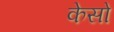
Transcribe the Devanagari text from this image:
केसो